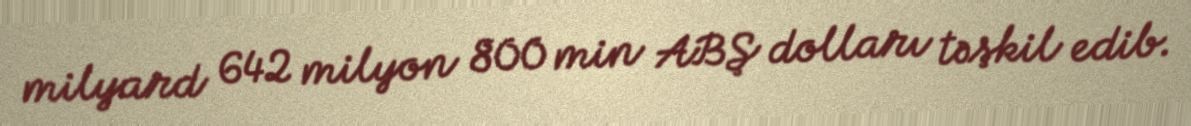
milyard 642 milyon 800 min ABŞ dolları təşkil edib.